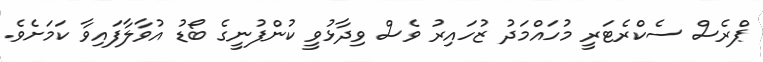
ޕްރެސް ސެކްރެޓަރީ މުހައްމަދު ޒުހައިރު ވެސް ވިދާޅުވީ ކުންފުނީގެ ބޯޑު އުވާލާފައިވާ ކަމަށެވެ.